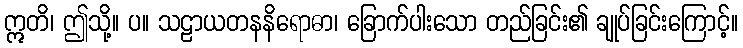
ဣတိ၊ ဤသို့။ ပ။ သဠာယတနနိရောဓာ၊ ခြောက်ပါးသော တည်ခြင်း၏ ချုပ်ခြင်းကြောင့်။